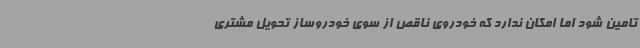
تامین شود اما امکان ندارد که خودروی ناقص از سوی خودروساز تحویل مشتری